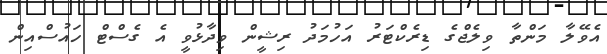
އެވޭލާ މަންތާ ވިލެޖްގެ ޑިރެކްޓަރު އަހުމަދު ރިޝީން ވިދާޅުވީ އެ ގެސްޓް ހައުސްއިން